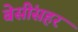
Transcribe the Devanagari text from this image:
बेसींसहर